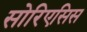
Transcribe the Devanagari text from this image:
सोरिएसिस